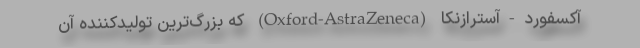
آکسفورد-آسترازنکا (Oxford-AstraZeneca) که بزرگ‌ترین تولیدکننده آن